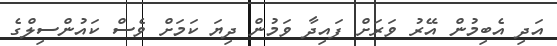
އަދި އެބިމުން އޭރު ވަރަށް ފައިދާ ވަމުން ދިޔަ ކަމަށް ވެސް ކައުންސިލްގެ